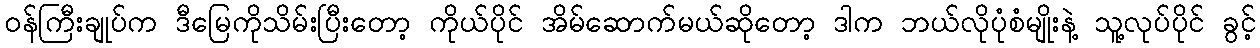
ဝန်ကြီးချုပ်က ဒီမြေကိုသိမ်းပြီးတော့ ကိုယ်ပိုင် အိမ်ဆောက်မယ်ဆိုတော့ ဒါက ဘယ်လိုပုံစံမျိုးနဲ့ သူ့လုပ်ပိုင် ခွင့်